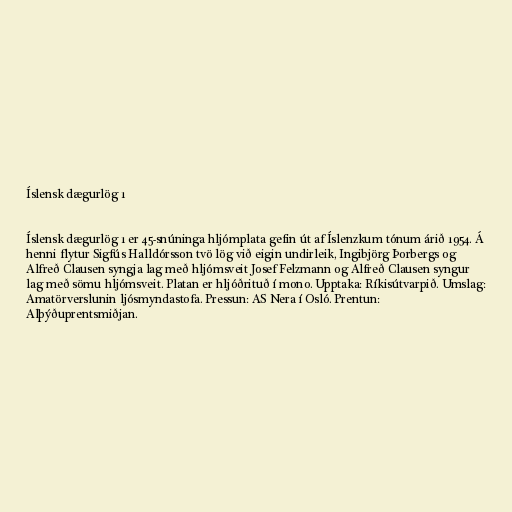
Íslensk dægurlög 1

Íslensk dægurlög 1 er 45-snúninga hljómplata gefin út af Íslenzkum tónum árið 1954. Á
henni flytur Sigfús Halldórsson tvö lög við eigin undirleik, Ingibjörg Þorbergs og
Alfreð Clausen syngja lag með hljómsveit Josef Felzmann og Alfreð Clausen syngur
lag með sömu hljómsveit. Platan er hljóðrituð í mono. Upptaka: Ríkisútvarpið. Umslag:
Amatörverslunin ljósmyndastofa. Pressun: AS Nera í Osló. Prentun:
Alþýðuprentsmiðjan.